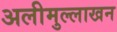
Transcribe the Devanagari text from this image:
अलीमुल्लाखन